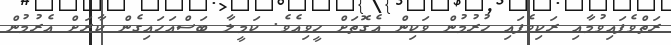
ރަތްވެފައިވުމާއި ރަކިވެފައި ހުރުމުން ވަކިން އެގޮތަށް ހީވިއެވެ. ކަމީލާ ބަސްއަހައިގެން ކާރަށް އެރުމުން